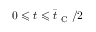
0 \leqslant t \leqslant \bar { t } _ { \mathrm { ~ C ~ } } / 2